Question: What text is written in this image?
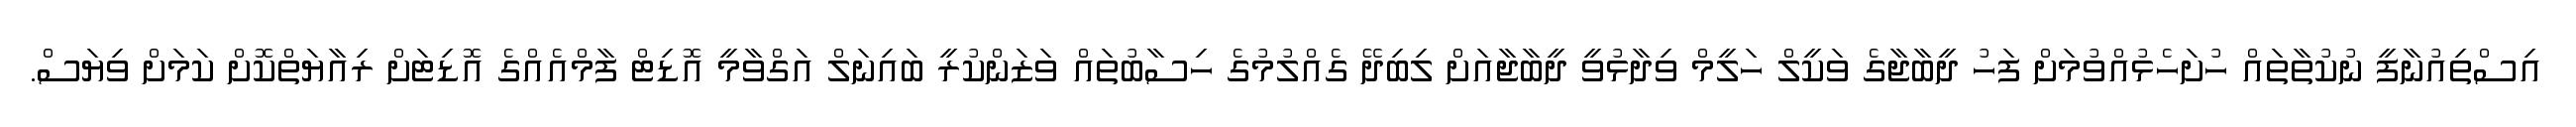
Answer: އިސްތިއުނާފީ ނުކުތާތައް ހުށަހެޅުއްވުމަށް ފަހު ދީބާޖާގެ ވަކީލް ހަލީމް ވިދާޅުވީ ދީބާޖާއަށް ލިބިދޭ ގެއްލުމުގެ ހިސާބުތައް ވަޒަންކުރީ ބައިނަލް އަގްވާމީ އޮޑިޓް ފާމްއެއްގެ އޮޑިޓަށް ރިއާޔަތްކޮށް ކަމަށް ވިޔަސް.